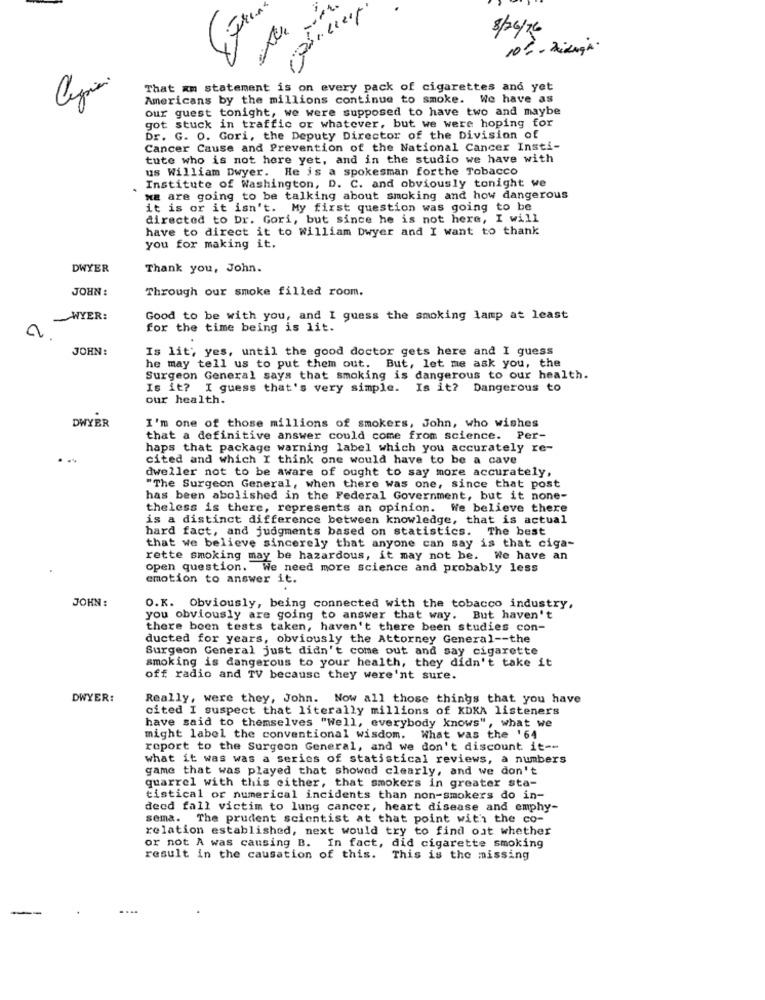
8/26/76
10%. Dimmi.
That xm statement is on every pack of cigarettes and yet
Americans by the millions continue to smoke. We have as
our guest tonight, we were supposed to have two and maybe
got stuck in traffic or whatever, but we were hoping for
Dr. G. O. Gori, the Deputy Director of the Division of
Cancer Cause and Prevention of the National Cancer Insti-
tute who is not here yet, and in the studio we have with
us William Dwyer. He is a spokesman forthe Tobacco
Institute of Washington, D. C. and obviously tonight we
we are going to be talking about smoking and how dangerous
it is or it isn't. My first question was going to be
directed to Dr. Gori, but since he is not here, I will
have to direct it to william Dwyer and I want to thank
you for making it.
DWYER
Thank you, John.
JOHN :
Through our smoke filled room.
~WYER:
Good to be with you, and I guess the smoking lamp at least
for the time being is lit.
JOHN:
Is lit; yes, until the good doctor gets here and I guess
he may tell us to put them out. But, let me ask you, the
Surgeon General says that smoking is dangerous to our health.
Is it? I guess that's very simple. Is it? Dangerous to
our health.
DWYER
I'm one of those millions of smokers, John, who wishes
that a definitive answer could come from science. Per-
haps that package warning label which you accurately re-
cited and which I think one would have to be a cave
dweller not to be aware of ought to say more accurately,
"The Surgeon General, when there was one, since that post
has been abolished in the Federal Government, but it none-
theless is there, represents an opinion. We believe there
is a distinct difference between knowledge, that is actual
hard fact, and judgments based on statistics. The best
that we believe sincerely that anyone can say is that ciga-
rette smoking may be hazardous, it may not be. We have an
open question. We need more science and probably less
emotion to answer it.
JOHN:
O.K. Obviously, being connected with the tobacco industry,
you obviously are going to answer that way. But haven't
there been tests taken, haven't there been studies con-
ducted for years, obviously the Attorney General -- the
Surgeon General just didn't come out and say cigarette
smoking is dangerous to your health, they didn't take it
off radio and TV because they were'nt sure.
DWYER:
Really, were they, John. Now all those things that you have
cited I suspect that literally millions of KDKA listeners
have said to themselves "Well, everybody knows", what we
might label the conventional wisdom. What was the '64
report to the Surgeon General, and we don't discount it --
what it was was a series of statistical reviews, a numbers
game that was played that showed clearly, and we don't
quarrel with this either, that smokers in greater sta-
tistical or numerical incidents than non-smokers do in-
deed fall victim to lung cancer, heart disease and emphy-
sema. The prudent scientist at that point with the co-
relation established, next would try to find out whether
or not A was causing B. In fact, did cigarette smoking
result in the causation of this. This is the missing
-